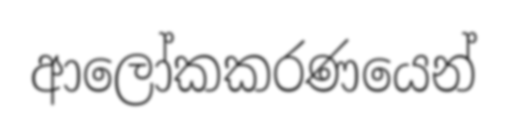
ආලෝකකරණයෙන්